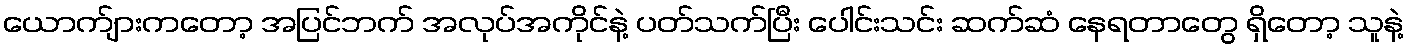
ယောက်ျားကတော့ အပြင်ဘက် အလုပ်အကိုင်နဲ့ ပတ်သက်ပြီး ပေါင်းသင်း ဆက်ဆံ နေရတာတွေ ရှိတော့ သူနဲ့